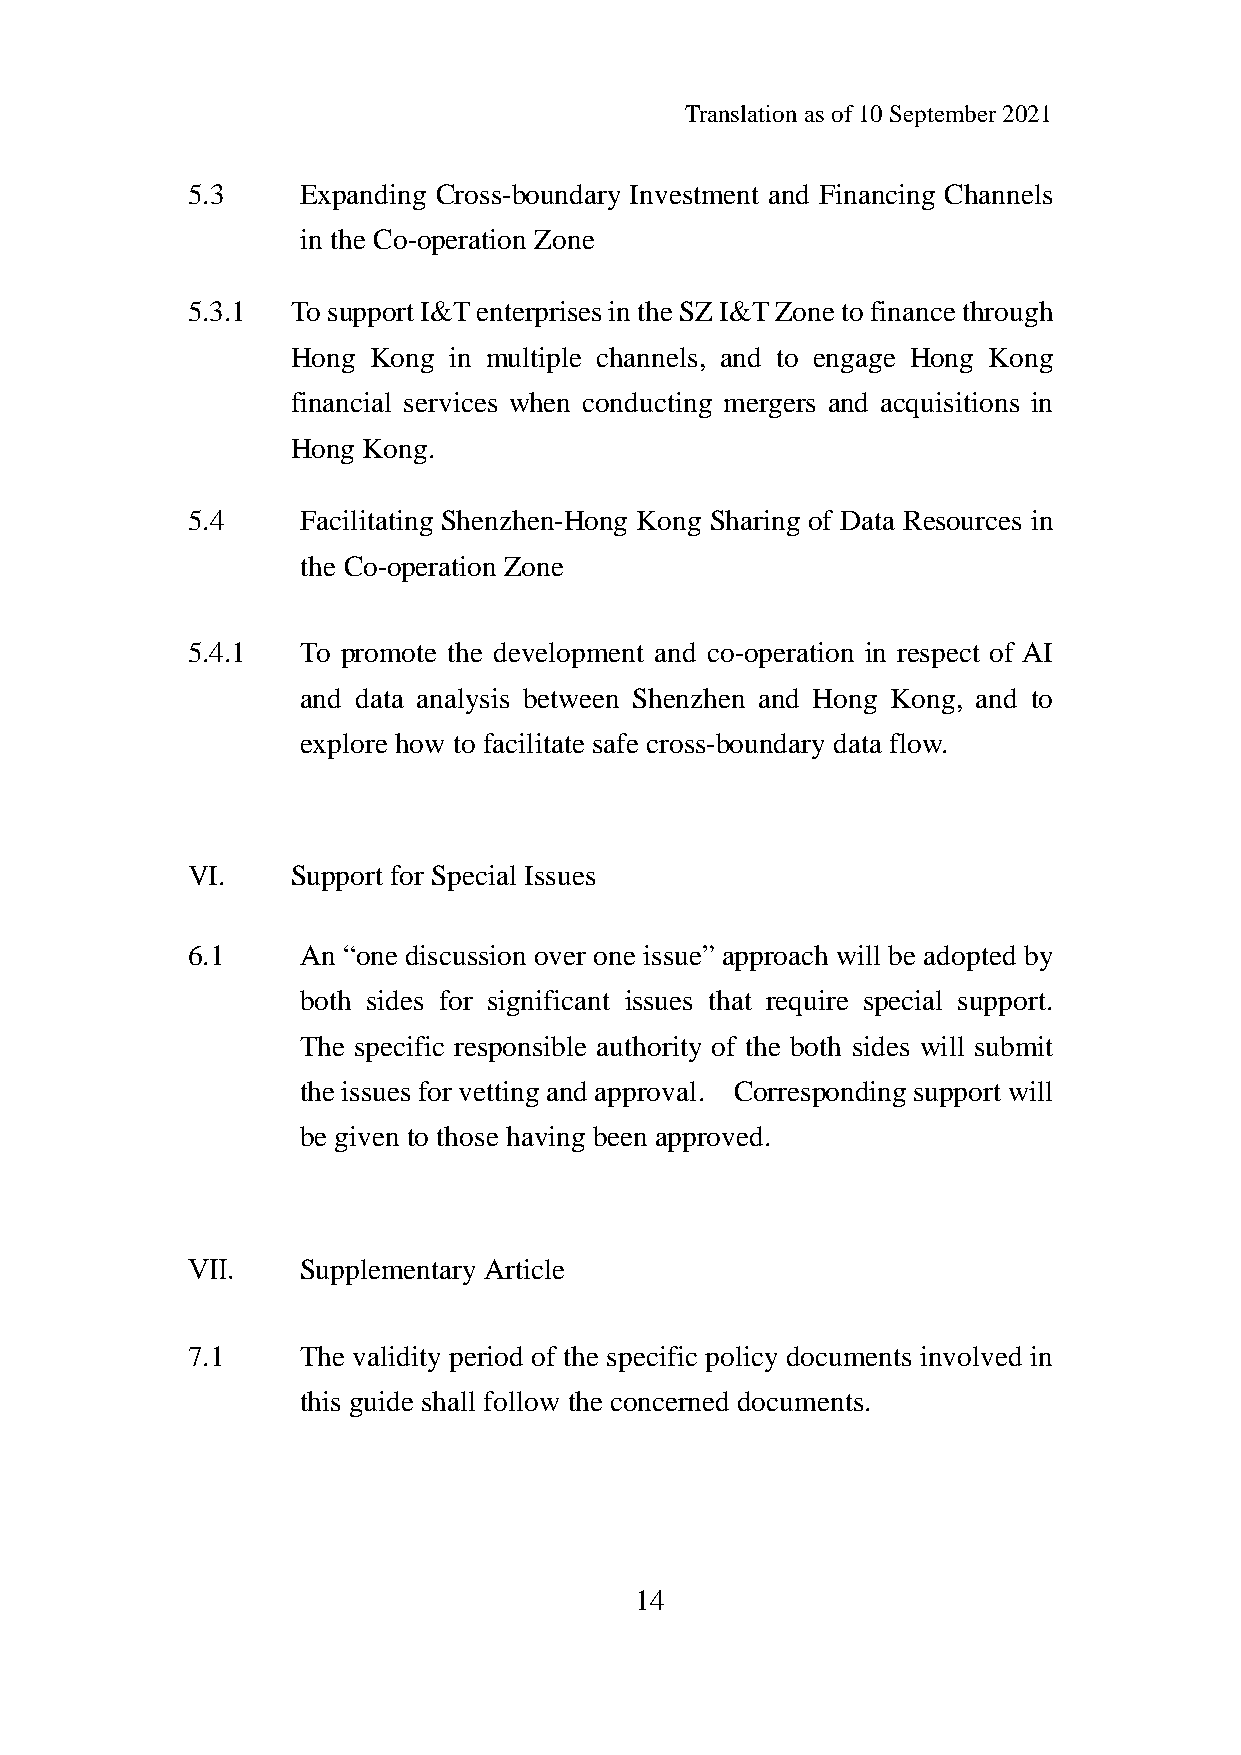
Translation as of 10 September 2021
 5.3     Expanding Cross-boundary Investment and Financing Channels
 in the Co-operation Zone
 5.3.1  To support I&T enterprises in the SZ I&T Zone to finance through
 Hong Kong  in multiple channels, and to engage Hong Kong
 financial services when conducting mergers and acquisitions in
 Hong Kong.
 5.4     Facilitating Shenzhen-Hong Kong Sharing of Data Resources in
 the Co-operation Zone
 5.4.1   To promote the development and co-operation in respect of AI
 and data analysis between Shenzhen and Hong Kong, and to
 explore how to facilitate safe cross-boundary data flow.
 VI.    Support for Special Issues
 6.1     An “one discussion over one issue” approach will be adopted by
 both sides for significant issues that require special support.
 The specific responsible authority of the both sides will submit
 the issues for vetting and approval. Corresponding support will
 be given to those having been approved.
 Ⅶ.      Supplementary Article
 7.1     The validity period of the specific policy documents involved in
 this guide shall follow the concerned documents.
 14